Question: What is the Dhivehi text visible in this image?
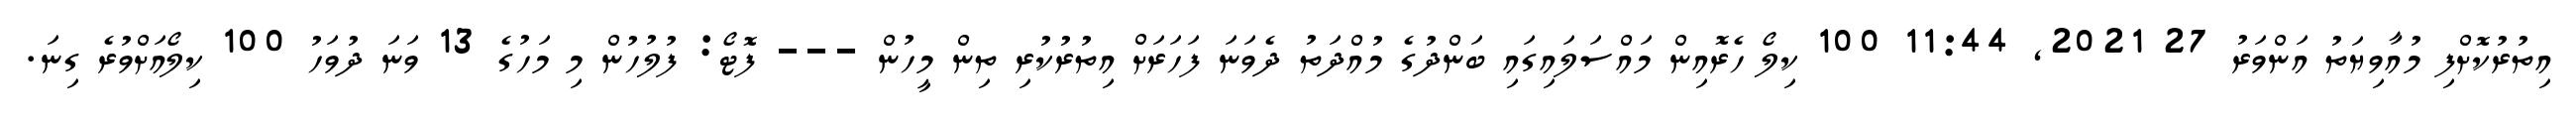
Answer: އިތުރުކޮށްފި މުއާވިޔަތު އަންވަރު 27 2021, 11:44 100 ކިލޯ ހެރޮއިން މައްސަލައިގައި ބަންދުގެ މުއްދަތު ދެވަނަ ފަހަރަށް އިތުރުކުރި ތިން މީހުން --- ފޮޓޯ: ފުލުހުން މި މަހުގެ 13 ވަނަ ދުވަހު 100 ކިލޯއަށްވުރެ ގިނަ.